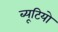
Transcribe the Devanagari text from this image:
ब्यूटियो